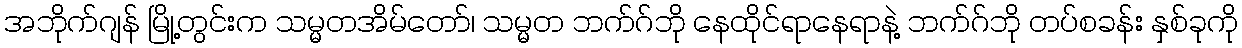
အဘိုက်ဂျန် မြို့တွင်းက သမ္မတအိမ်တော်၊ သမ္မတ ဘက်ဂ်ဘို နေထိုင်ရာနေရာနဲ့ ဘက်ဂ်ဘို တပ်စခန်း နှစ်ခုကို